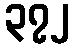
၃၇၂